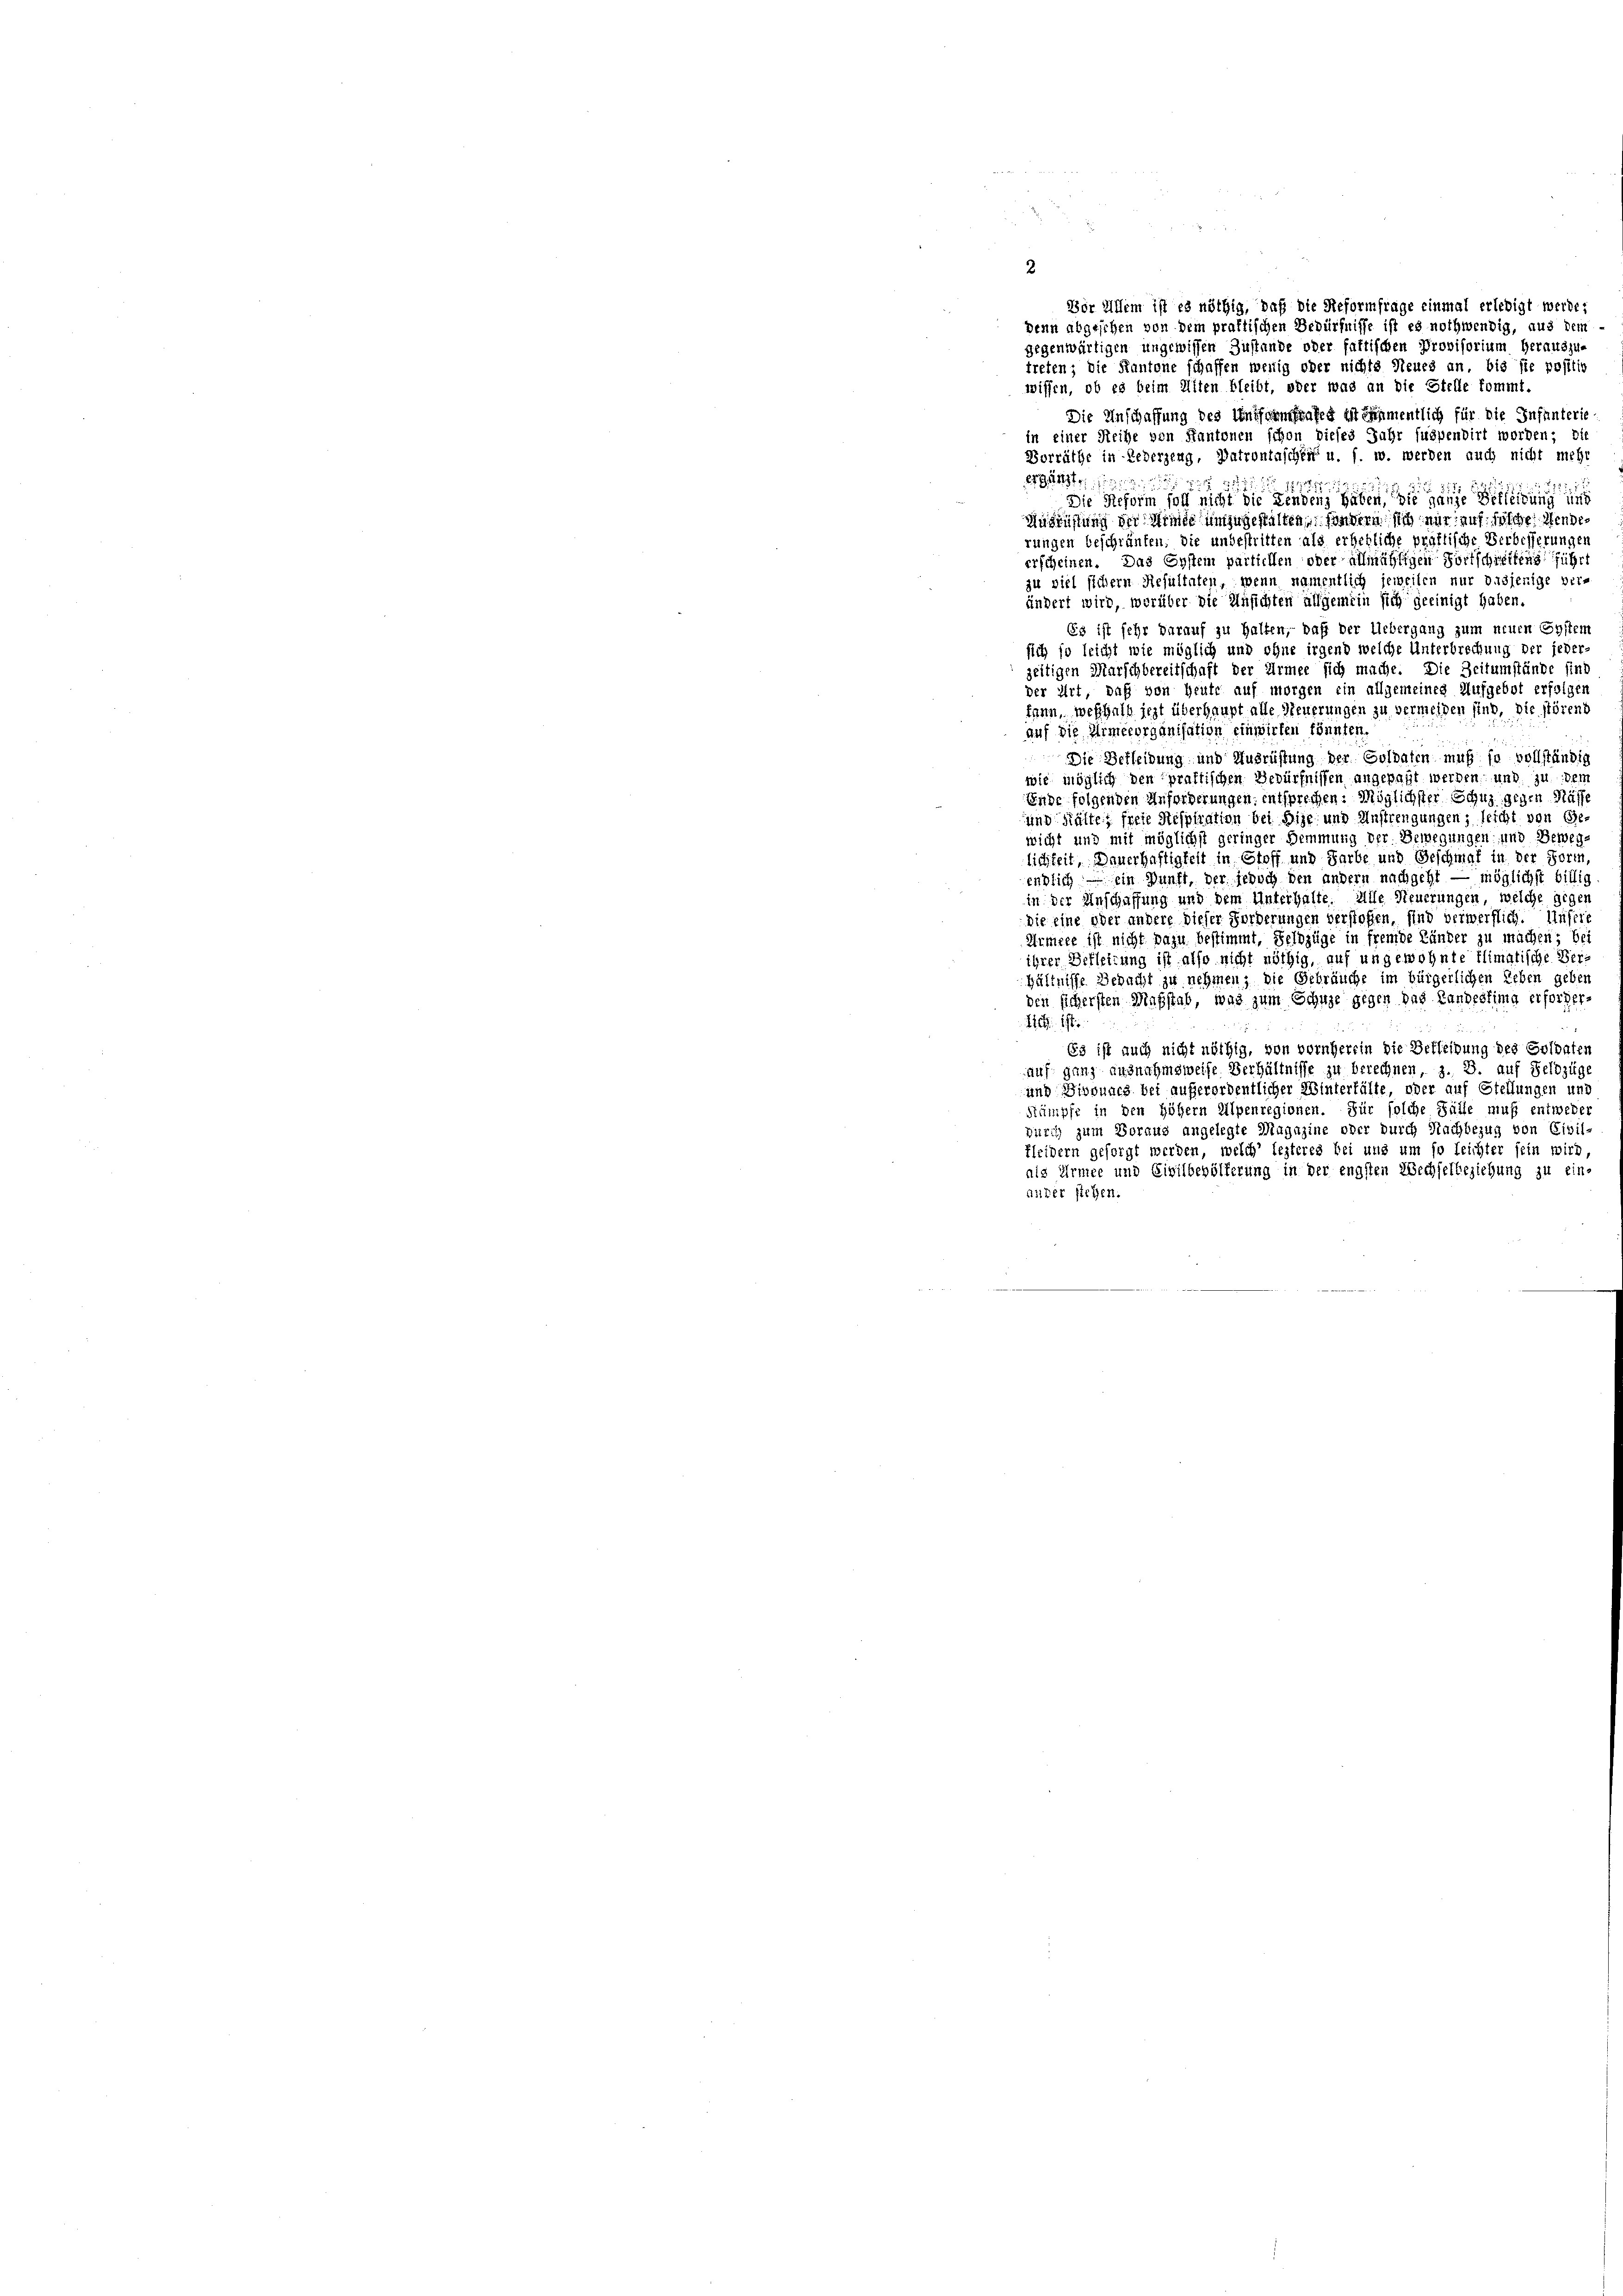
2
Vor Allem ist es nöthig, daß die Reformfrage einmal erledigt werde;
denn abgesehen von dem praktischen Bedürfnisse ist es nothwendig, aus dem
gegenwärtigen ungewissen Zustande oder fattischen Provisorium herauszu-
treten; die Kantone schaffen wenig oder nichts Neues an, bis sie positio
wissen, ob es beim Alten bleibt, oder was an die Stelle kommt.
Die Anschaffung des Uniformfrafes ist Saamentlich für die Infanterie
in einer Reihe von Kantonen schon dieses Jahr suspendirt worden;
Vorräthe in Lederzeug, Patrontaschein u. s. w. werden auch nicht meh
ergänzt,

 11255
Die Reform soll nicht die Fendens haben, die ganze Bekleidung und
Ausrüstung der Minde umzugestalten, sondern sich mir auf solche Mende
rungen beschränken, die unbestritten als erhebliche proftische Verbesserungen
erscheinen. Das Eystem partiellen oder allmähligen Fortschreitens führ
zu viel sichern Resultaten, wenn namentlich jeweilen nur dasjenige ver-
ändert wird, worüber die Ansichten allgemein sich geeinigt haben.
Es ist sehr darauf zu halten, daß der Uebergang zum neuen Eystem
sich so leicht wie möglich und ohne irgend welche Unterbrechung der jeder-
zeitigen Marschbereitschaft der Armee sich mache. Die Zeitumstände sind
der Art, daß von Heute auf morgen ein allgemeinen Aufgebot erfolgen
kann, weshalb jezt überhaupt alle Neuerungen zu vermeiden sind, die störend
auf die Armeeorganisation einwirken könnten.
Die Berleibung und Ausrüstung der Goldaten muß ja vollständig
wie möglich den praktischen Bedürfnissen angepaßt werden, und zu dem
Ende folgenden Anforderungen, entsprechen: Möglichster Schuz gegen Masse
und Kältes freie Respiration bei Sie und Anstrengungen; leicht von Gewicht und mit möglichst geringer Bemmung der Bewegungen und Beweg
lichkeit, Dauerhaftigkeit in Stoff und Farbe und Geschmal in der Form,
endlich — ein Dunft, der jedoch den andern nachgeht — möglichst billig
in der Anschaffung und dem Unterhalte. Alle Neuerungen, welche gegen
Die eine oder andere dieser Forderungen verstoffen, sind verwerflich. Unsers
Armere ist nicht dazu bestimmt, Selbzüge in fremde Länder zu machen; be
ihrer Befleitung ist also nicht nöthig, auf ungewohnte Flimatische Verhältnisse Besucht zu nehmen; die Gebräuche im bürgerlichen Leben geben
den sichersten Maßstab, was zum Schuhe gegen das Landestima erforder-
116 ist.
Es ist auch nicht nöthig, von vornherein die Berleibung des Soldaten
auf ganz ausnahmsweise Verhältnisse zu berechnen, z. B. auf Feldzüge
und Dibounes bei außerordentlicher Winterhälte, oder auf Stellungen und
Stämpfe in den höhern Alpenregionen. Für solche Fülle muß entweder
durch zum Voraus angelegte Magazine oder durch Nachbezug von Civil-
kleidern gesorgt werden, welch’ lezteres bei uns um so leichter sein wird,
als Armee und Civilbevölferung in der engsten Wechselbeziehung zu ein-
auder stehen.